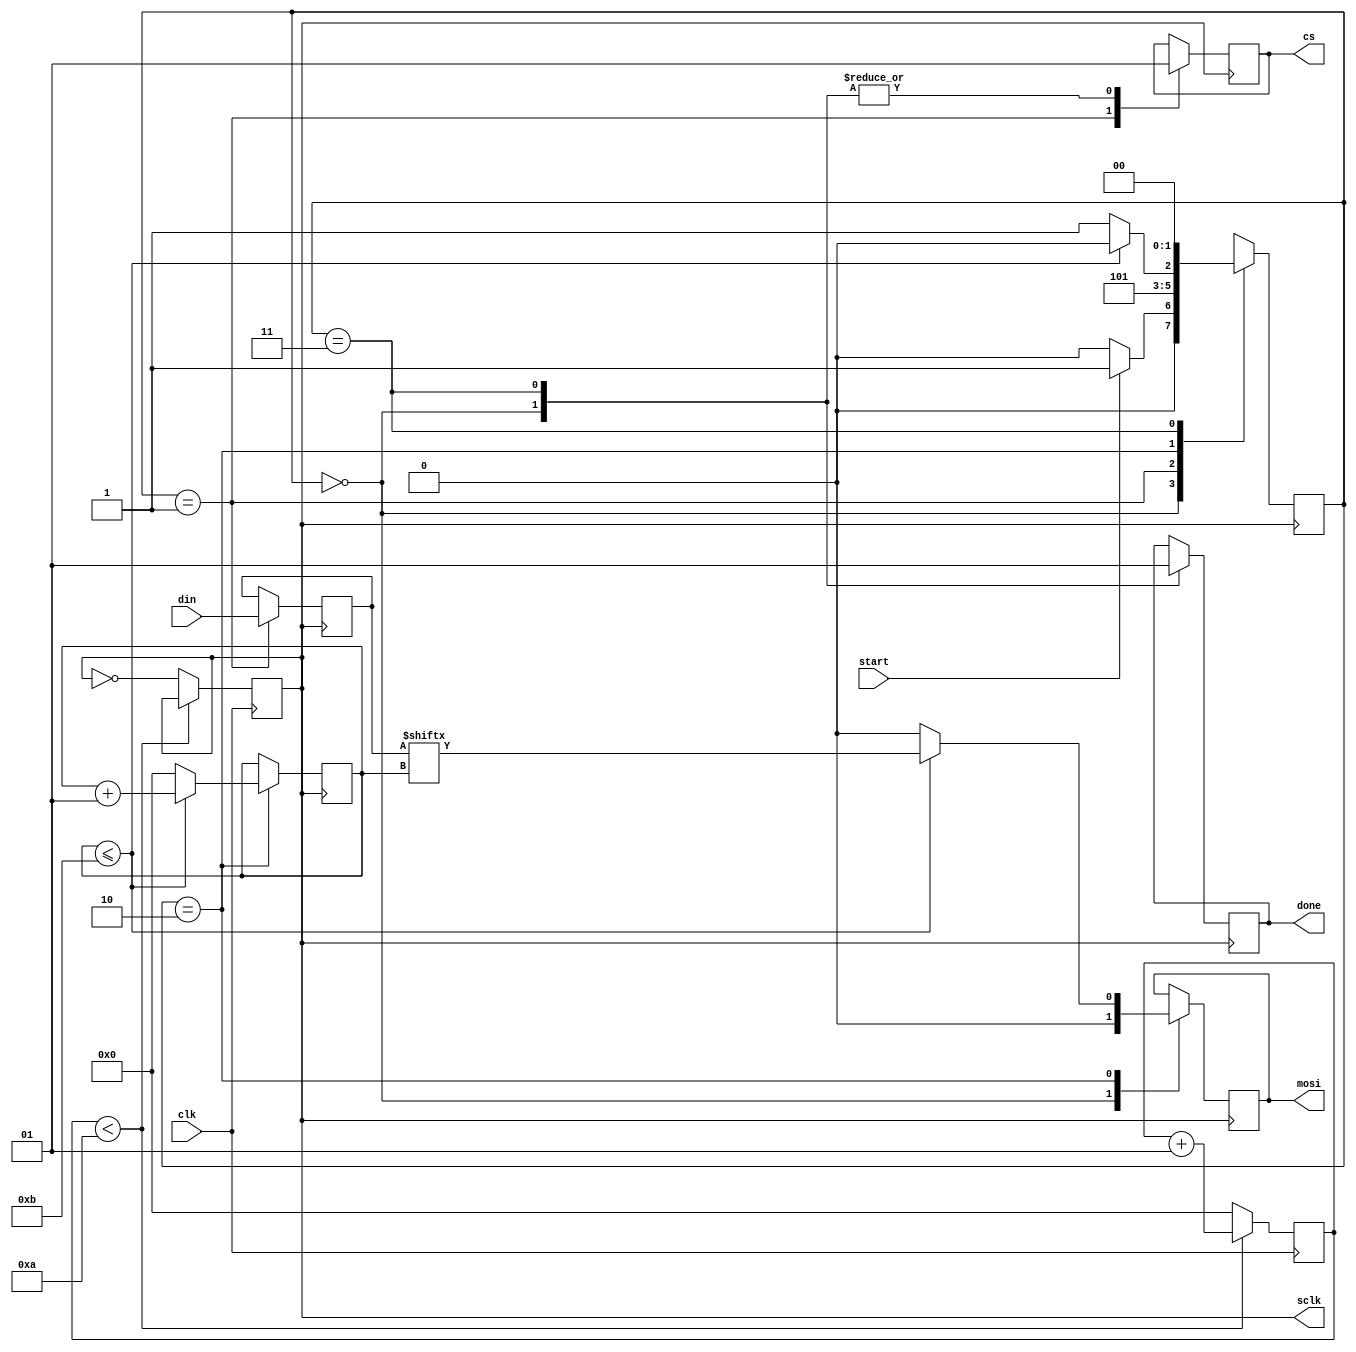
`timescale 1ns / 1ps
module spi_protocol(
input clk,
input [11:0] din,
input start,
output reg cs,mosi,done,
output sclk
    );
    integer count = 0;
    reg sclkt = 0;
    parameter idle = 0;
    parameter start_tx = 1;
    parameter send     = 2;
    parameter endtx    = 3;
    reg [1:0] state = idle;
    reg [11:0] temp;
    integer bitcount = 0;
    always@(posedge clk) begin
    if(count < 10)
    count <= count + 1;
    else begin
    sclkt <= ~sclkt;
    count <= 0;
    end
    end
    always@(posedge sclkt)
    begin
    case(state)
    
    idle : begin
    mosi <= 1'b0;
    done <= 1'b0;
    cs <= 1'b1;
    if(start) begin
    state <= start_tx;
    end
    else
    state <= idle;
    end
    
    start_tx : begin
    cs   <= 1'b0;
    temp <= din;
    state <= send;
    end
    
    send: begin
    if(bitcount <= 11) begin
    bitcount <= bitcount + 1;
    mosi     <= temp [bitcount];
    state    <= send;
    end
    else begin
    state <= endtx;
    bitcount <= 1'b0;
    mosi  <= 1'b0;
    end
    end
    
    endtx: begin
    cs <= 1'b1;
    state <= idle;
    done <= 1'b1;
    end
    
    default :
    state <= idle;
    endcase
    end
      
    assign sclk = sclkt;
    endmodule